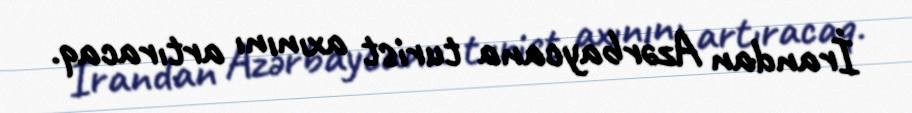
İrandan Azərbaycana turist axınını artıracaq.